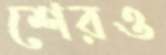
শেরও